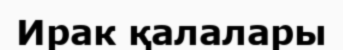
Ирак қалалары